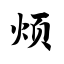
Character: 烦